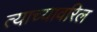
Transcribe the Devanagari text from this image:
त्याच्यावरिल